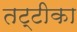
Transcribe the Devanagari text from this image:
तट्टीका